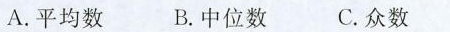
A.平均数 B.中位数 C.众数